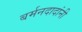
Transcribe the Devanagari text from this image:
बर्मनदादांनी